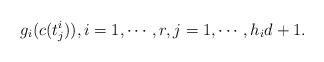
LaTeX: \begin{align*}g_i(c(t^i_j)), i=1, \cdots, r, j=1, \cdots, h_id+1.\end{align*}